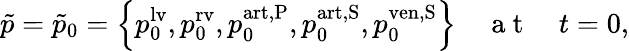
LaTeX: \tilde{p}=\tilde{p}_{0}=\left\{ p_{0}^{\mathrm{lv}},p_{0}^{\mathrm{rv}},p_{0}^{\mathrm{art,P}},p_{0}^{\mathrm{art,S}},p_{0}^{\mathrm{ven,S}}\right\} \quad\mathrm{~a~t~}\quad t=0,